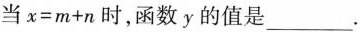
当$$x=m+n$$时，函数y的值是___。